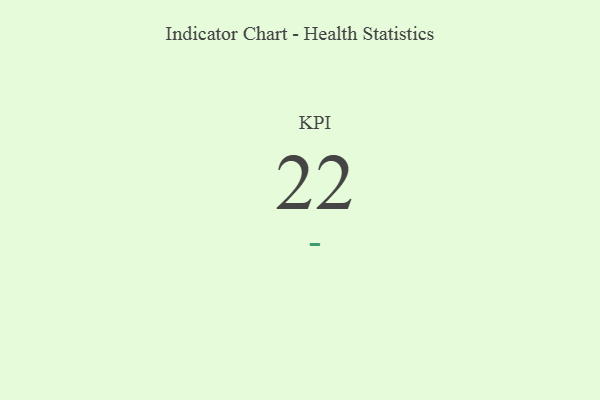
{"axis": {"x": "KPI", "y": "Value"}, "legend": [""], "data": [{"x": "KPI", "y": 22, "type": ""}]}